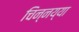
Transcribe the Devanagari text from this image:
चिन्नय्या